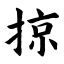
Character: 掠